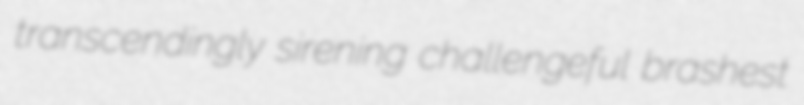
transcendingly sirening challengeful brashest